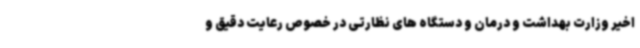
اخیر وزارت بهداشت و درمان و دستگاه های نظارتی در خصوص رعایت دقیق و